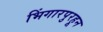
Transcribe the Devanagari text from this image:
भिंगारपुरहून